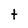
Character: t